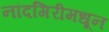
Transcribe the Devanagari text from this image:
नांदगिरीमधून